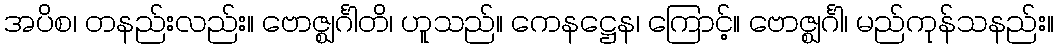
အပိစ၊ တနည်းလည်း။ ဗောဇ္ဈင်္ဂါတိ၊ ဟူသည်။ ကေနဋ္ဌေန၊ ကြောင့်။ ဗောဇ္ဈင်္ဂါ၊ မည်ကုန်သနည်း။